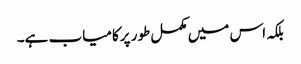
بلکہ اس میں مکمل طور پرکامیاب ہے۔